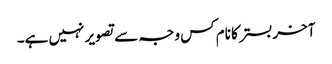
آخر بستر کا نام کس وجہ سے تصویر نہیں ہے۔